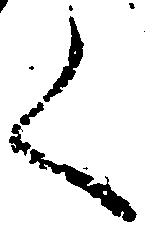
く